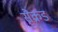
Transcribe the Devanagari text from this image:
सैक्रड